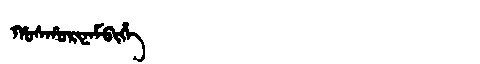
Manchu: ᡥᠣᠰᡥᠣᡵᡳᠨᠠᠮᠪᡳᡥᡝ
Romanization: HOSHORINAMBIHE